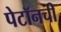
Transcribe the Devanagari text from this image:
पेटॉनची